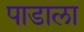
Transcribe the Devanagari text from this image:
पाडाला